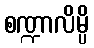
စဏ္ဍာလိမ္ပိ